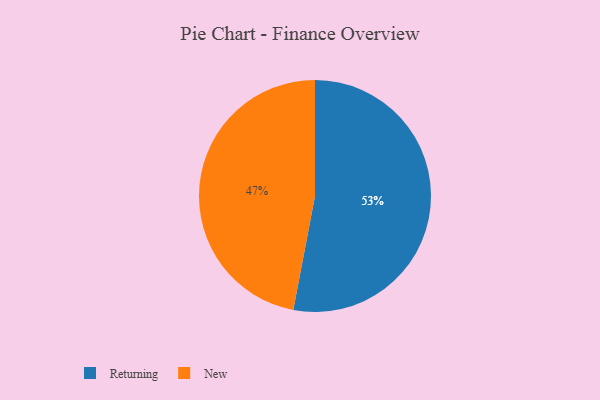
{"axis": {"x": "Category", "y": "Percentage"}, "legend": ["New", "Returning"], "data": [{"x": "New", "y": 47, "type": "New"}, {"x": "Returning", "y": 53, "type": "Returning"}]}